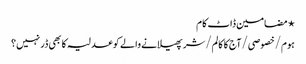
⋆ مضامین ڈاٹ کام
ہوم/خصوصی/آج کا کالم/شر پھیلانے والے کو عدلیہ کا بھی ڈر نہیں؟